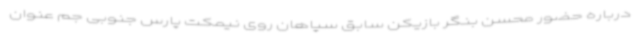
درباره حضور محسن بنگر بازیکن سابق سپاهان روی نیمکت پارس جنوبی جم عنوان